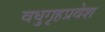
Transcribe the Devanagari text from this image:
वधुगृहप्रवेश